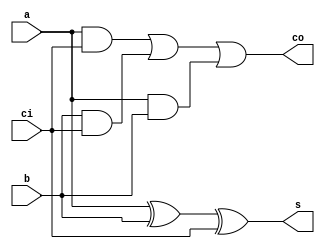
`timescale 1ns / 1ps
module full_adder(input a,input b,input ci,output s,output co);
	assign s = a^b^ci;//s=a XOR b XOR ci
	assign co = (a&&ci)||(b&&ci)||(a&&b);//co=aci+bci+ab
endmodule